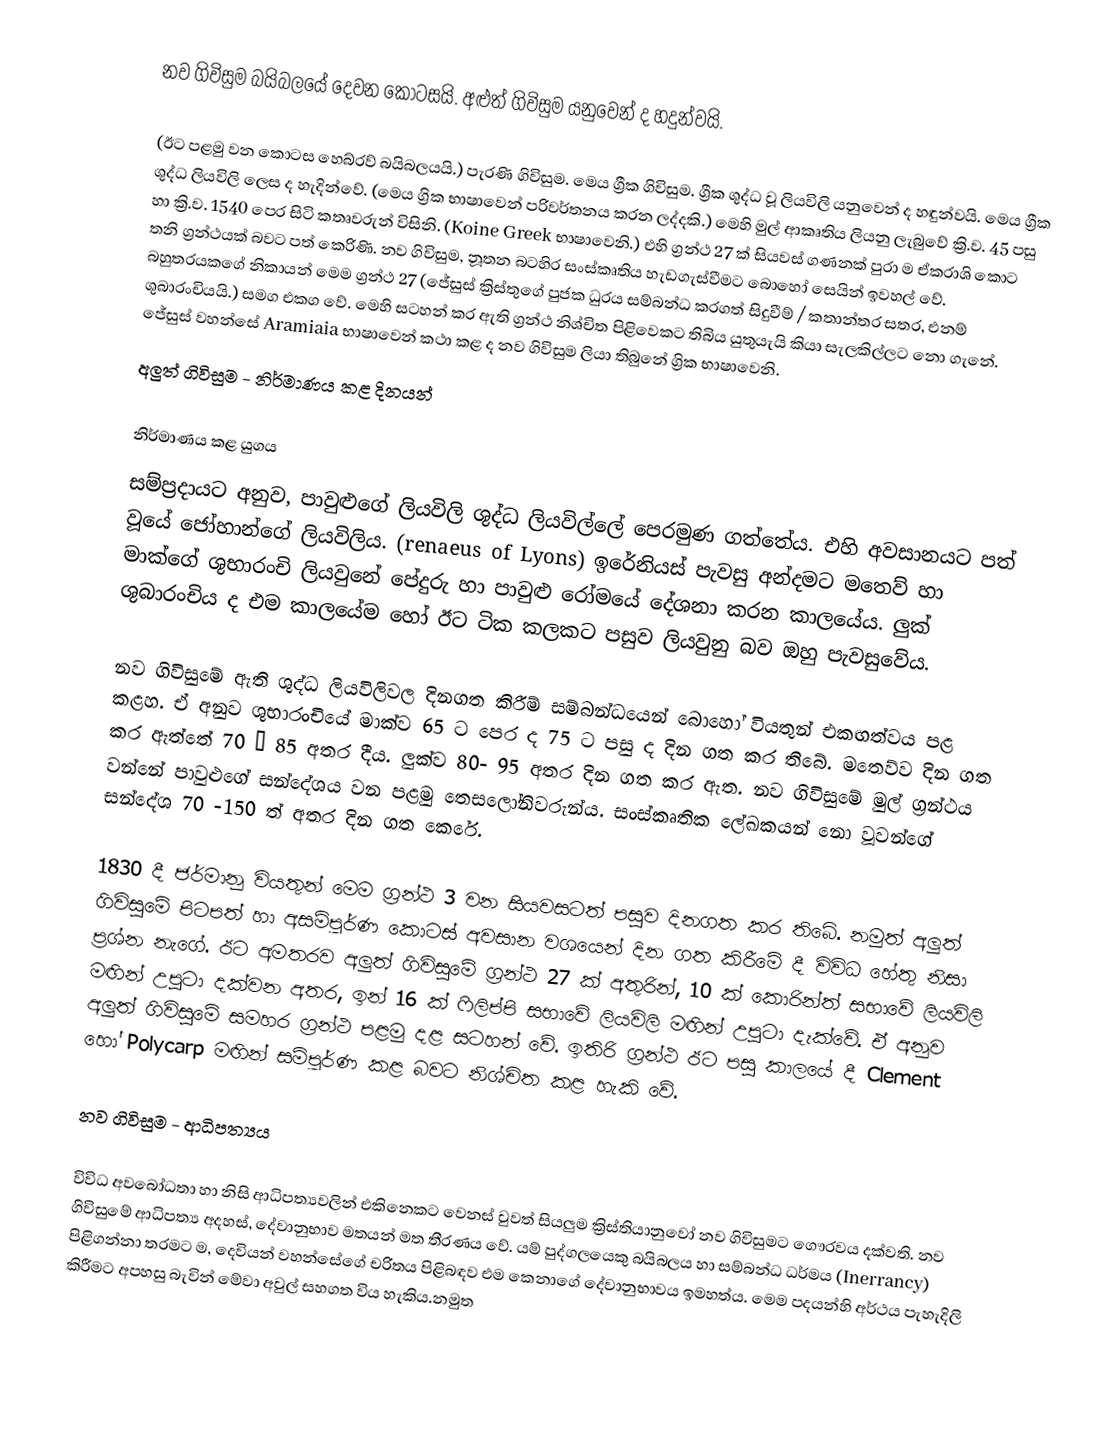
නව ගිවිසුම බයිබලයේ දෙවන කොටසයි. අළුත් ගිවිසුම යනුවෙන් ද හදුන්වයි.

(ඊට පළමු වන කොටස හෙබ්රව් බයිබලයයි.) පැරණි ගිවිසුම. මෙය ග්‍රීක ගිවිසුම. ග්‍රීක ශුද්ධ වූ ලියවිලි යනුවෙන් ද හඳුන්වයි. මෙය ග්‍රීක ශුද්ධ ලියවිලි ලෙස ද හැදින්වේ. (මෙය ග්‍රික භාෂාවෙන් පරිවර්තනය කරන ලද්දකි.) මෙහි මුල් ආකෘතිය ලියනු ලැබුවේ ක්‍රි.ව. 45 පසු හා ක්‍රි.ව. 1540 පෙර සිටි කතෘවරුන් විසිනි. (Koine Greek භාෂාවෙනි.) එහි ග්‍රන්ථ 27 ක් සියවස් ගණනක් පුරා ම ඒකරාශි කොට තනි ග්‍රන්ථයක් බවට පත් කෙරිණි. නව ගිවිසුම, නූතන බටහිර සංස්කෘතිය හැඩගැස්වීමට බොහෝ සෙයින් ඉවහල් වේ. බහුතරයකගේ නිකායන් මෙම ග්‍රන්ථ 27 (ජේසුස් ක්‍රිස්තුගේ පුජක ධුරය සම්බන්ධ කරගත් සිදුවීම් / කතාන්තර සතර, එනම් ශුබාරංචියයි.) සමග එකග වේ. මෙහි සටහන් කර ඇති ග්‍රන්ථ නිශ්චිත පිළිවෙකට තිබිය යුතුයැයි කියා සැලකිල්ලට නො ගැනේ. ජේසුස් වහන්සේ Aramiaia භාෂාවෙන් කථා කළ ද නව ගිවිසුම ලියා තිබුනේ ග්‍රික භාෂාවෙනි.
අලුත් ගිවිසුම - නිර්මාණය කළ දිනයන්

නිර්මාණය කළ යුගය
සම්ප්‍රදායට අනුව, පාවුළුගේ ලියවිලි ශුද්ධ ලියවිල්ලේ පෙරමුණ ගත්තේය. එහි අවසානයට පත් වූයේ ‍ජෝහාන්ගේ ලියවිලිය. (renaeus of Lyons) ඉරේනියස් පැවසු අන්දමට මතෙව් හා මාක්ගේ ශුභාරංචි ලියවුනේ පේදුරු හා පාවුළු රෝමයේ දේශනා කරන කාලයේය. ලුක් ශුබාරංචිය ද එම කාලයේම හෝ ඊට ටික කලකට පසුව ලියවුනු බව ඔහු පැවසුවේය.

නව ගිවිසුමේ ඇති ශුද්ධ ලියවිලිවල දිනගත කිරීම් සම්බන්ධයෙන් ‍බොහෝ වියතුන් එකඟත්වය පළ කළහ. ඒ අනුව ශුභාරංචියේ මාක්ව 65 ට පෙර ද 75 ට පසු ද දින ගත කර තිබේ. මතෙව්ව දින ගත කර ඇත්තේ 70 – 85 අතර දීය. ලුක්ව 80- 95 අතර දින ගත කර ඇත. නව ගිවිසුමේ මුල් ග්‍රන්ථය වන්නේ පාවුළුගේ සන්දේශය වන පළමු තෙසලෝනිවරුන්ය. සංස්කෘතික ලේඛකයන් නො වූවන්ගේ සන්දේශ 70 -150 ත් අතර දින ගත කෙරේ.

1830 දී ජර්මානු වියතුන් මෙම ග්‍රන්ථ 3 වන සියවසටත් පසුව දිනගත කර ති‍බේ. නමුත් අලුත් ගිවිසුමේ පිටපත් හා අසම්පූර්ණ කොටස් අවසාන වශයෙන් දින ගත කිරීමේ දී විවිධ හේතු නිසා ප්‍රශ්න නැගේ. ඊට අමතරව අලුත් ගිවිසුමේ ග්‍රන්ථ 27 ක් අතුරින්, 10 ක් කොරින්ත් සභාවේ ලියවිලි මඟින් උපුටා දක්වන අතර, ඉන් 16 ක් ෆිලිප්පි සභාවේ ලියවිලි මඟින් උපුටා දැක්වේ. ඒ අනුව අලුත් ගිවිසුමේ සමහර ග්‍රන්ථ පළමු දළ සටහන් වේ. ඉතිරි ග්‍රන්ථ ඊට පසු කාලයේ දී ‍Clement හෝ Polycarp මඟින් සම්පූර්ණ කළ බවට නිශ්චිත කළ හැකි වේ.

නව ගිවිසුම - ආධිපත්‍යය

විවිධ අවබෝධතා හා නිසි ආධිපත්‍යවලින් එකිනෙකට වෙනස් වුවත් සියලුම ක්‍රිස්තියානුවෝ නව ගිවිසුමට ගෞරවය දක්වති. නව ගිවිසුමේ ආධිපත්‍ය අදහස්, දේවානුභාව මතයන් මත තීරණය වේ. යම් පුද්ගලයෙකු බයිබලය හා සම්බන්ධ ධර්මය (Inerrancy) පිළිගන්නා තරමට ම, දෙවියන් වහන්සේගේ චරිතය පිළිබඳව එම කෙනාගේ දේවානුභාවය ඉමහත්ය. මෙම පදයන්හි අර්ථය පැහැදිලි කිරීමට අපහසු බැවින් මේවා අවුල් සහගත විය හැකිය.නමුත